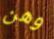
وهن